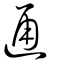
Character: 通